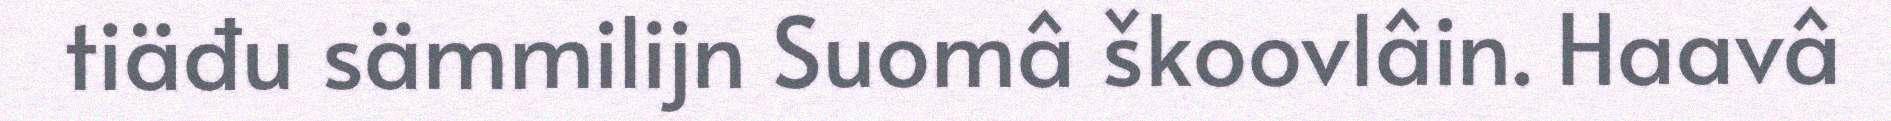
tiäđu sämmilijn Suomâ škoovlâin. Haavâ